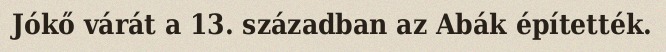
Jókő várát a 13. században az Abák építették.